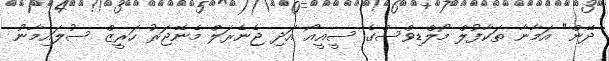
ދޭން" އަމާނާ ތަކާފުލް މޯލްޑިވްސްގެ ސީއީއޯ އަދި ޖެނެރަލް މެނޭޖަރު ހަރީޒް ސުލައިމާނު